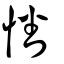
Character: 憣